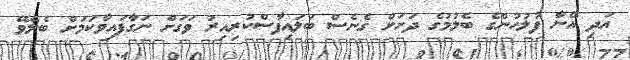
އަދި އޭނާ ފުލުހުންގެ ބެލުމުގެ ދަށަށް ގެނެސް ބަލައިފާސްކުރިއިރު ވަގަށް ނަގާފައިވާކަމަށް ބެލެވޭ